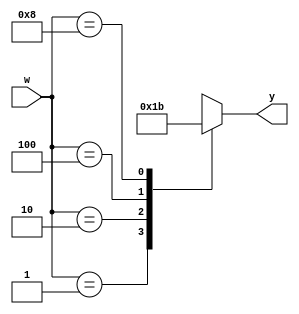
`timescale 1ns / 1ps
//////////////////////////////////////////////////////////////////////////////////
// Company: 
// Engineer: 
// 
// Design Name: 
// Module Name: encoder_4x2
// Project Name: 
// Target Devices: 
// Tool Versions: 
// Description: 
// 
// Dependencies: 
// 
// Revision:
// Revision 0.01 - File Created
// Additional Comments:
// 
//////////////////////////////////////////////////////////////////////////////////


module encoder_4x2(
     input [3:0]w,
     output reg [1:0]y

    );
    always @(w)
    begin
       y = 2'bxx;
       case(w)
           4'b0001:y=0;
           4'b0010:y=1;
           4'b0100:y=2;
           4'b1000:y=3;
           default : y = 2'bxx;
       endcase
    end       
    
    
    
    
    
    
    
endmodule